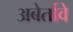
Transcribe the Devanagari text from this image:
अबेर्तावे